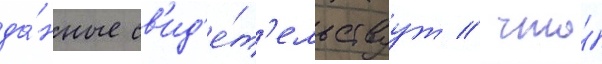
да́нные св'ид'е́т'ельствуут / что́